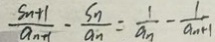
\frac { S _ { n } + 1 } { a _ { n + 1 } } - \frac { S _ { n } } { a _ { n } } = \frac { 1 } { a _ { n } } - \frac { 1 } { a _ { n } + 1 }